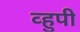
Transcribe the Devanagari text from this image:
व्हुपी